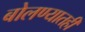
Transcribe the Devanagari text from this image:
बोलण्यातही